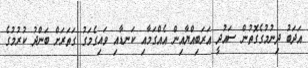
އަދަބު ދިނުމުގެގޮތުން ސައުދީ އަރަބިއްޔާއިން އެއްގަމާއި ކަނޑާއި ވައިގެމަގު ގަތަރަށް ބަންދު ކުރުމުގެ